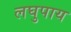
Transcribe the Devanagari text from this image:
लघुपाय